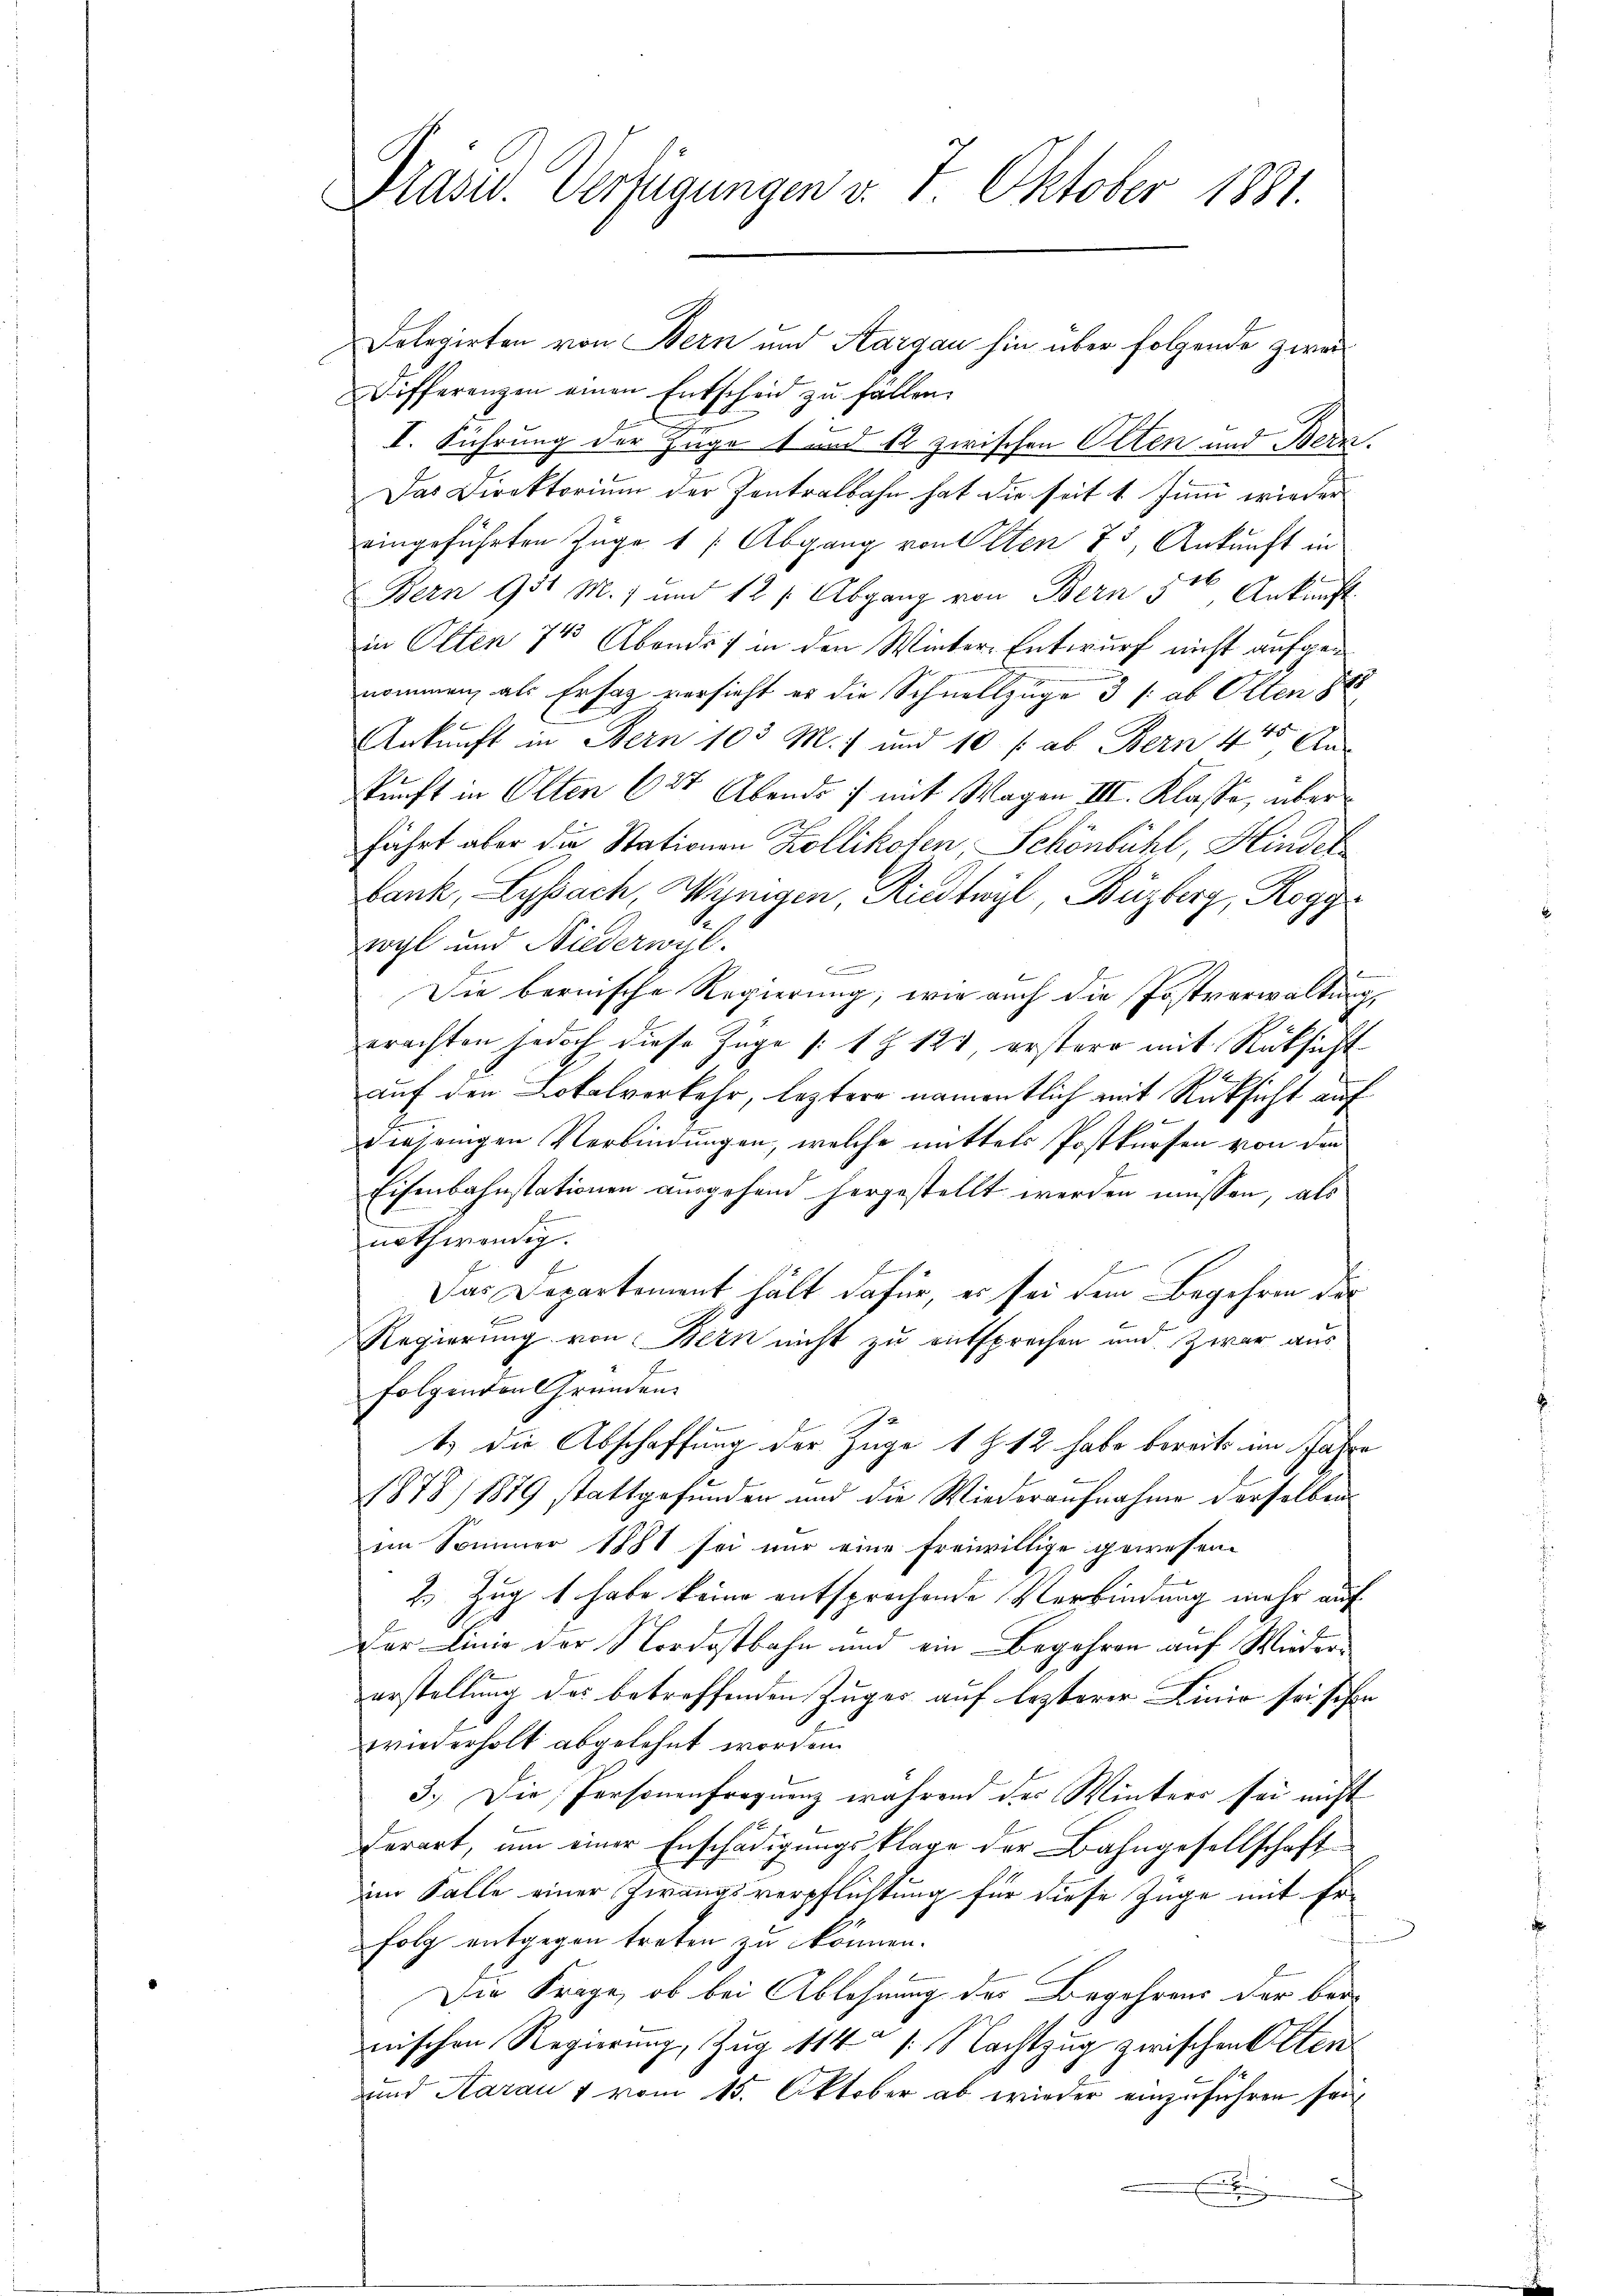
Präsid. Verfügungen v. 7. Oktober 1881.

Delegirten von Bern und Aargau hin über folgende zwei¬
Differenzen einen Entscheid zŭ fallen.
I. Führung der Zuge 1 und 12 zwischen Olten und Bern.
Das Direktorium der Zentralbahn hat die seit 1. Juni wieder
eingeführten Züge 1 /: Abgang von Peten 75 Ankunft in
E
Bern 131 M., und 12 f. Abgang von Bern 3, Ankunft
in Olten 718 Abends 7 in den Winter-Entwurf nicht aufgenommen, als Erfag versicht er die Schnellzüge 3 /: ab Olten 88
Ankunft in Bern 103 M. 7 und 10 f: ab Bern 445 An
kunft in Olten (27. Abends :/ mit Wagen III. Klasse, überfährt aber die Stationen Kollikofen, Schönbühl, Hindel
bank, Lyssach, Wenigen, Riedtwyl, Büzberg, Roggr
wyl und Niederwil.
Ei
Die bernische Regierung, wie auch die Postverwaltung,
erachten jedoch diese Züge /:1 § 124, erstere mit Rücksicht
auf den Lokalverkehr, leztere namentlich mit Rücksicht auf
diejenigen Verbindungen, welche mittels Postkursen von den
Eisenbahnstationen ausgehend hergestellt werden müssen, als
nothwendig.
b
Das Departement hält dafür, er sei dem Begehren der
Regierung von Bern nicht zu entsprechen und zwar aus
folgenden Gründen.
1.) Die Abschaffung der Züge 1 Z. 12 habe bereits im Jahre
1878/ 1889 stattgefunden und die Wiederaufnahme derselben
im Sommer 1881 sei nur eine freiwillige gewesen
2) Zug 1 habe keine entsprechende Verbindung mehr auf
Der Linie der Nordostbahn und ein Begehren auf Wiedererstellung des betreffenden Zuger auf lezterer Linie sei sichen
wiederholt abgelehnt worden.
3.) Die Personenfrequenz während der Winters sei nicht
derart, um einer Erschädigungsklage der Bahngesellschaft
im Falle einer Zwangsverpflichtung für diese Züge mit Er-
folg entgegen treten zu können.
Die Frage, ob bei Ablehnung des Begehrens der bei-
nischen Regierung, Zug 114 /: Nachtzug zwischen Olten¬
und Aarau 1 vom 15. Oktober ab wieder einzuführen sei¬
E